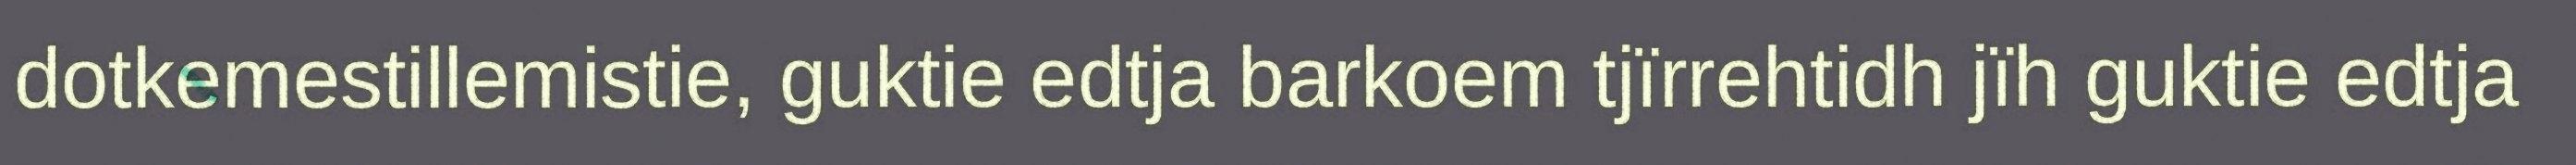
dotkemestillemistie, guktie edtja barkoem tjïrrehtidh jïh guktie edtja